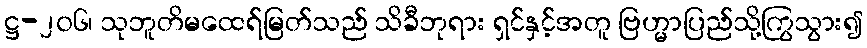
ဋ္ဌ-၂၀၆၊ သုဘူတိမထေရ်မြတ်သည် သိခီဘုရား ရှင်နှင့်အတူ ဗြဟ္မာပြည်သို့ကြွသွား၍